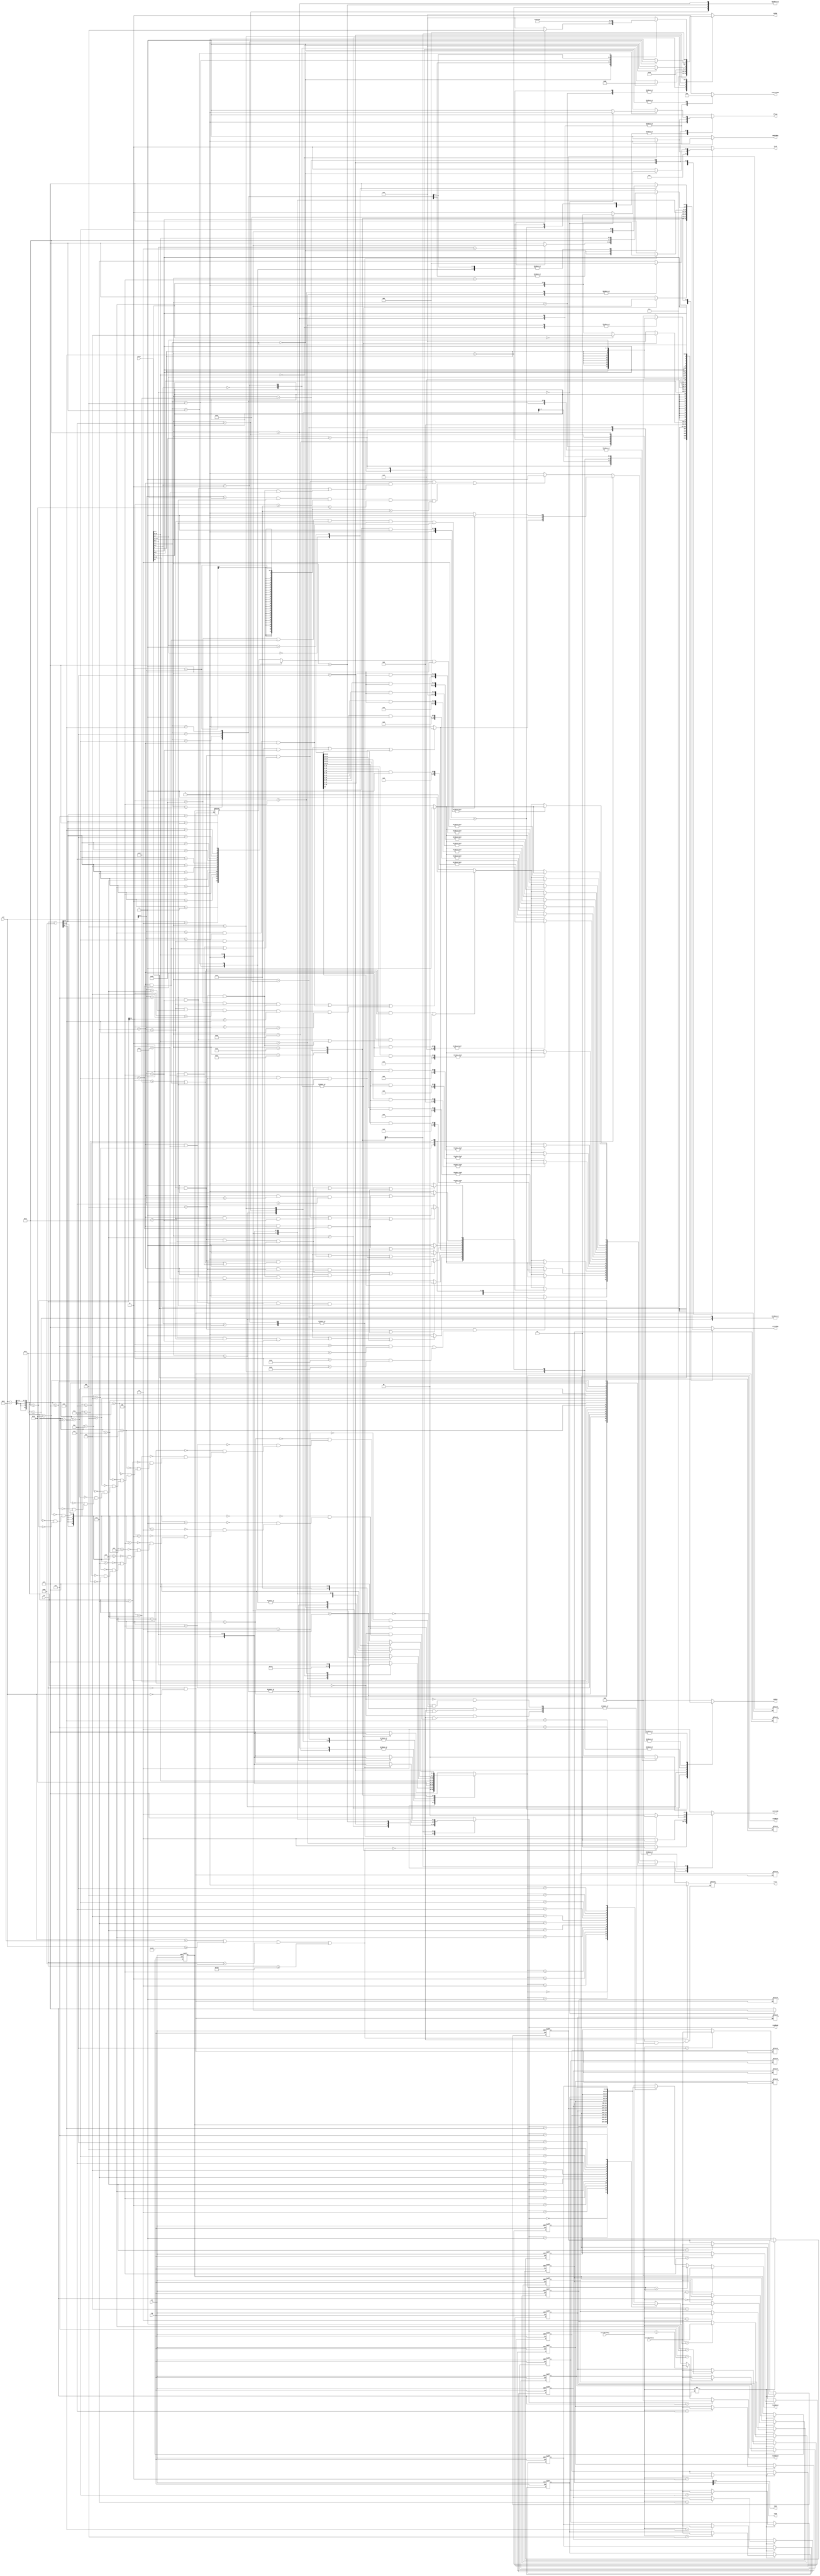
module ID(
    output reg [7:0] ledA,
    output reg [7:0] ledB,
    input wire rst,
    input wire clk,
    input [15:0] instr,
    input [3:0] writeBackReg,
    input [15:0] writeBackData,
    input [10:0] row,
    input [10:0] col, 
    output reg color,
    output reg [3:0] ALUOp,
    output reg [1:0] controlB,
    output reg [1:0] controlMem,
    output reg ifJump,
    output reg [15:0] immNum,
    output reg [1:0] jorB,
    output reg memToReg,
    output reg [3:0] writeReg,
    output reg [3:0] readReg1,
    output reg [3:0] readReg2,
    output reg [15:0] readData1,
    output reg [15:0] readData2
);

    reg[15:0] register [15:0];

    reg[15:0] vgaReg [15:0];

    always @(writeBackReg or instr) begin
      ledA[7:0] = register[8][15:8];
      ledB[7:0] = register[8][7:0];
    end

    always @(row or col) begin
        if(row == 0 && col == 0) begin
            vgaReg[0] <= register[0]; 
            vgaReg[1] <= register[1]; 
            vgaReg[2] <= register[2]; 
            vgaReg[3] <= register[3]; 
            vgaReg[4] <= register[4]; 
            vgaReg[5] <= register[5]; 
            vgaReg[6] <= register[6]; 
            vgaReg[7] <= register[7]; 
            vgaReg[8] <= register[8]; 
            vgaReg[9] <= register[9]; 
            vgaReg[10] <= register[10]; 
        end /* else begin
            vgaReg[0] <= vgaReg[0]; 
            vgaReg[1] <= vgaReg[1]; 
            vgaReg[2] <= vgaReg[2]; 
            vgaReg[3] <= vgaReg[3]; 
            vgaReg[4] <= vgaReg[4]; 
            vgaReg[5] <= vgaReg[5]; 
            vgaReg[6] <= vgaReg[6]; 
            vgaReg[7] <= vgaReg[7]; 
            vgaReg[8] <= vgaReg[8]; 
            vgaReg[9] <= vgaReg[9]; 
            vgaReg[10] <= vgaReg[10]; 
        end */
    end



    reg [10:0] digit;
    reg [10:0] regIndex;
    reg [10:0] dx;
    reg [10:0] dy;
    always @(row or col) begin // 640 * 480  color: 0=black; 1=white Ã¦Â°Â´Ã¥Â¹Â³Ã¦â€“Â¹Ã¥Ââ€˜Ã¯Â2Ã¯Â¼â€ºÃ§Â«â€“Ã§â€ºÂ´Ã¦â€“Â¹Ã¥Ââ€˜Ã¯Â¼Å4
        if(col < 192 || col >= 640 || row < 64 || row >= 416)
            color = 0; //black
        else begin
            digit = (col-192)>>4;
            regIndex = (row-64)>>5;
            dx = col[3:0];
            dy = row[4:0];
            // if (regIndex == 0 && row > 200)
            //     regIndex = 8;
            // if (regIndex == 1 && row > 200)
            //     regIndex = 9;
            // if (regIndex == 2 && row > 200)
            //     regIndex = 10;
            case(digit)
                0: begin
                    case(regIndex)
                        0: begin
                            if( (dx>1&&dx<14&&((dy>18&&dy<21)||(dy>7&&dy<10))) || (dy>7&&((dx>1&&dx<4)||(dx>11&&dx<14&&dy<21))) || (dx>3&&dx<14&&dy>20&&dy-dx>16&&dy-dx<20))
                                color = 1;
                            else 
                                color = 0;
                        end
                        1: begin
                            if( (dx>1&&dx<14&&((dy>18&&dy<21)||(dy>7&&dy<10))) || (dy>7&&((dx>1&&dx<4)||(dx>11&&dx<14&&dy<21))) || (dx>3&&dx<14&&dy>20&&dy-dx>16&&dy-dx<20))
                                color = 1;
                            else 
                                color = 0;
                        end
                        2: begin
                            if( (dx>1&&dx<14&&((dy>18&&dy<21)||(dy>7&&dy<10))) || (dy>7&&((dx>1&&dx<4)||(dx>11&&dx<14&&dy<21))) || (dx>3&&dx<14&&dy>20&&dy-dx>16&&dy-dx<20))
                                color = 1;
                            else 
                                color = 0;
                        end
                        3: begin
                            if( (dx>1&&dx<14&&((dy>18&&dy<21)||(dy>7&&dy<10))) || (dy>7&&((dx>1&&dx<4)||(dx>11&&dx<14&&dy<21))) || (dx>3&&dx<14&&dy>20&&dy-dx>16&&dy-dx<20))
                                color = 1;
                            else 
                                color = 0;
                        end
                        4: begin
                            if( (dx>1&&dx<14&&((dy>18&&dy<21)||(dy>7&&dy<10))) || (dy>7&&((dx>1&&dx<4)||(dx>11&&dx<14&&dy<21))) || (dx>3&&dx<14&&dy>20&&dy-dx>16&&dy-dx<20))
                                color = 1;
                            else 
                                color = 0;
                        end
                        5: begin
                            if( (dx>1&&dx<14&&((dy>18&&dy<21)||(dy>7&&dy<10))) || (dy>7&&((dx>1&&dx<4)||(dx>11&&dx<14&&dy<21))) || (dx>3&&dx<14&&dy>20&&dy-dx>16&&dy-dx<20))
                                color = 1;
                            else 
                                color = 0;
                        end
                        6: begin
                            if( (dx>1&&dx<14&&((dy>18&&dy<21)||(dy>7&&dy<10))) || (dy>7&&((dx>1&&dx<4)||(dx>11&&dx<14&&dy<21))) || (dx>3&&dx<14&&dy>20&&dy-dx>16&&dy-dx<20))
                                color = 1;
                            else 
                                color = 0;
                        end
                        7: begin
                            if( (dx>1&&dx<14&&((dy>18&&dy<21)||(dy>7&&dy<10))) || (dy>7&&((dx>1&&dx<4)||(dx>11&&dx<14&&dy<21))) || (dx>3&&dx<14&&dy>20&&dy-dx>16&&dy-dx<20))
                                color = 1;
                            else 
                                color = 0;
                        end
                        8: begin // S
                            if( (dx>1&&dx<14&&(dy>29||(dy>7&&dy<10)||(dy>18&&dy<21))) || (dy>7&&dy<21&&dx>1&&dx<4) || (dy>18&&dx>11&&dx<14) )
                                color = 1;
                            else 
                                color = 0;
                        end
                        9: begin // 
                            color = 0;
                        end
                        10: begin
                            if(((dy>27||(dy>7&&dy<10))&&dx>1&&dx<14) || (dx>5&&dx<10&&dy>7))
										  color = 1;
									 else
										  color = 0;
                        end
                    endcase
                end
                1: begin
                    case(regIndex)
                        0: begin // 0
                            if((dx > 1 && dx < 14 && (dy > 29 || (dy > 7 && dy < 10))) || (dy > 7 && ((dx > 1 && dx < 4) || (dx > 11 && dx < 14))))
                                color = 1;
                            else 
                                color = 0;
                        end
                        1: begin // 1
                            if((dy > 27 && dx > 1 && dx < 14) || (dx > 5 && dx < 10 && dy > 7) || (dx > 1 && dx < 6 && dy > 8 && dy < 13 && (dy + dx > 13)))
										 color = 1;
									else
										 color = 0;
                        end
                        2: begin // 2
                            if( (dx>1&&dx<14&&(dy>29||(dy>7&&dy<10)||(dy>18&&dy<21))) || (dy>18&&dx>1&&dx<4) || (dy>7&&dy<21&&dx>11&&dx<14) )
                                color = 1;
                            else 
                                color = 0; 
                        end
                        3: begin // 3
                            if( (dx>1&&dx<14&&(dy>29||(dy>7&&dy<10)||(dy>18&&dy<21)))  || (dy>7&&dx>11&&dx<14) )
                                color = 1;
                            else 
                                color = 0;
                        end
                        4: begin // 4
                            if( (dx>1&&dx<14&&dy>18&&dy<21)  || (dy>7&&((dx>11&&dx<14)||(dx>1&&dx<4&&dy<21))) )
                                color = 1;
                            else 
                                color = 0;
                        end
                        5: begin // 5
                            if( (dx>1&&dx<14&&(dy>29||(dy>7&&dy<10)||(dy>18&&dy<21))) || (dy>7&&dy<21&&dx>1&&dx<4) || (dy>18&&dx>11&&dx<14) )
                                color = 1;
                            else 
                                color = 0;
                        end
                        6: begin // 6
                            if( (dx>1&&dx<14&&(dy>29||(dy>7&&dy<10)||(dy>18&&dy<21))) || (dy>7&&dx>1&&dx<4) || (dy>18&&dx>11&&dx<14) )
                                color = 1;
                            else 
                                color = 0;
                        end
                        7: begin // 7
                            if( (dx>1&&dx<14&&dy>7&&dy<10) || (dy>7&&dx>11&&dx<14) )
                                color = 1;
                            else 
                                color = 0;
                        end
                        8: begin // P
                            if( (dx>1&&dx<14&&((dy>7&&dy<10)||(dy>18&&dy<21))) || (dy>7&&dx>1&&dx<4) || (dy>7&&dy<21&&dx>11&&dx<14) )
                                color = 1;
                            else 
                                color = 0;
                        end
                        9: begin // T
                            if( (dx>1&&dx<14&&dy>7&&dy<10) || (dy>7&&dx>6&&dx<9) )
                                color = 1;
                            else 
                                color = 0;
                        end
                        10: begin // H
                            if( (dx>1&&dx<14&&dy>18&&dy<21) || (dy>7&&dx>1&&dx<4) || (dy>7&&dx>11&&dx<14) )
                                color = 1;
                            else 
                                color = 0;
                        end
                    endcase
                end
                2: begin // =
                    if( dx>1&&dx<14&&((dy>14&&dy<17)||(dy>22&&dy<25)) )
                        color = 1;
                    else 
                        color = 0;
                end
                3: begin
                    if((vgaReg[regIndex[3:0]]>>15)&1 == 1) begin
                        if((dy > 27 && dx > 1 && dx < 14) || (dx > 5 && dx < 10 && dy > 7) || (dx > 1 && dx < 6 && dy > 8 && dy < 13 && (dy + dx > 13)))
                            color = 1;
                        else
                            color = 0;
                    end else begin
                        if((dx > 1 && dx < 14 && (dy > 29 || (dy > 7 && dy < 10))) || (dy > 7 && ((dx > 1 && dx < 4) || (dx > 11 && dx < 14))))
                            color = 1;
                        else 
                            color = 0;
                    end
                end
                4: begin
                    if((vgaReg[regIndex[3:0]]>>14)&1 == 1) begin
                        if((dy > 27 && dx > 1 && dx < 14) || (dx > 5 && dx < 10 && dy > 7) || (dx > 1 && dx < 6 && dy > 8 && dy < 13 && (dy + dx > 13)))
                            color = 1;
                        else
                            color = 0;
                    end else begin
                        if((dx > 1 && dx < 14 && (dy > 29 || (dy > 7 && dy < 10))) || (dy > 7 && ((dx > 1 && dx < 4) || (dx > 11 && dx < 14))))
                            color = 1;
                        else 
                            color = 0;
                    end
                end
                5: begin
                    if((vgaReg[regIndex[3:0]]>>13)&1 == 1) begin
                        if((dy > 27 && dx > 1 && dx < 14) || (dx > 5 && dx < 10 && dy > 7) || (dx > 1 && dx < 6 && dy > 8 && dy < 13 && (dy + dx > 13)))
                            color = 1;
                        else
                            color = 0;
                    end else begin
                        if((dx > 1 && dx < 14 && (dy > 29 || (dy > 7 && dy < 10))) || (dy > 7 && ((dx > 1 && dx < 4) || (dx > 11 && dx < 14))))
                            color = 1;
                        else 
                            color = 0;
                    end
                end
                6: begin
                    if((vgaReg[regIndex[3:0]]>>12)&1 == 1) begin
                        if((dy > 27 && dx > 1 && dx < 14) || (dx > 5 && dx < 10 && dy > 7) || (dx > 1 && dx < 6 && dy > 8 && dy < 13 && (dy + dx > 13)))
                            color = 1;
                        else
                            color = 0;
                    end else begin
                        if((dx > 1 && dx < 14 && (dy > 29 || (dy > 7 && dy < 10))) || (dy > 7 && ((dx > 1 && dx < 4) || (dx > 11 && dx < 14))))
                            color = 1;
                        else 
                            color = 0;
                    end
                end
                7: begin
                    if((vgaReg[regIndex[3:0]]>>11)&1 == 1) begin
                        if((dy > 27 && dx > 1 && dx < 14) || (dx > 5 && dx < 10 && dy > 7) || (dx > 1 && dx < 6 && dy > 8 && dy < 13 && (dy + dx > 13)))
                            color = 1;
                        else
                            color = 0;
                    end else begin
                        if((dx > 1 && dx < 14 && (dy > 29 || (dy > 7 && dy < 10))) || (dy > 7 && ((dx > 1 && dx < 4) || (dx > 11 && dx < 14))))
                            color = 1;
                        else 
                            color = 0;
                    end
                end
                8: begin
                   if((vgaReg[regIndex[3:0]]>>10)&1 == 1) begin
                        if((dy > 27 && dx > 1 && dx < 14) || (dx > 5 && dx < 10 && dy > 7) || (dx > 1 && dx < 6 && dy > 8 && dy < 13 && (dy + dx > 13)))
                            color = 1;
                        else
                            color = 0;
                    end else begin
                        if((dx > 1 && dx < 14 && (dy > 29 || (dy > 7 && dy < 10))) || (dy > 7 && ((dx > 1 && dx < 4) || (dx > 11 && dx < 14))))
                            color = 1;
                        else 
                            color = 0;
                    end 
                end
                9: begin
                    if((vgaReg[regIndex[3:0]]>>9)&1 == 1) begin
                        if((dy > 27 && dx > 1 && dx < 14) || (dx > 5 && dx < 10 && dy > 7) || (dx > 1 && dx < 6 && dy > 8 && dy < 13 && (dy + dx > 13)))
                            color = 1;
                        else
                            color = 0;
                    end else begin
                        if((dx > 1 && dx < 14 && (dy > 29 || (dy > 7 && dy < 10))) || (dy > 7 && ((dx > 1 && dx < 4) || (dx > 11 && dx < 14))))
                            color = 1;
                        else 
                            color = 0;
                    end
                end
                10: begin
                    if((vgaReg[regIndex[3:0]]>>8)&1 == 1) begin
                        if((dy > 27 && dx > 1 && dx < 14) || (dx > 5 && dx < 10 && dy > 7) || (dx > 1 && dx < 6 && dy > 8 && dy < 13 && (dy + dx > 13)))
                            color = 1;
                        else
                            color = 0;
                    end else begin
                        if((dx > 1 && dx < 14 && (dy > 29 || (dy > 7 && dy < 10))) || (dy > 7 && ((dx > 1 && dx < 4) || (dx > 11 && dx < 14))))
                            color = 1;
                        else 
                            color = 0;
                    end
                end
                11: begin
                    if((vgaReg[regIndex[3:0]]>>7)&1 == 1) begin
                        if((dy > 27 && dx > 1 && dx < 14) || (dx > 5 && dx < 10 && dy > 7) || (dx > 1 && dx < 6 && dy > 8 && dy < 13 && (dy + dx > 13)))
                            color = 1;
                        else
                            color = 0;
                    end else begin
                        if((dx > 1 && dx < 14 && (dy > 29 || (dy > 7 && dy < 10))) || (dy > 7 && ((dx > 1 && dx < 4) || (dx > 11 && dx < 14))))
                            color = 1;
                        else 
                            color = 0;
                    end
                end
                12: begin
                    if((vgaReg[regIndex[3:0]]>>6)&1 == 1) begin
                        if((dy > 27 && dx > 1 && dx < 14) || (dx > 5 && dx < 10 && dy > 7) || (dx > 1 && dx < 6 && dy > 8 && dy < 13 && (dy + dx > 13)))
                            color = 1;
                        else
                            color = 0;
                    end else begin
                        if((dx > 1 && dx < 14 && (dy > 29 || (dy > 7 && dy < 10))) || (dy > 7 && ((dx > 1 && dx < 4) || (dx > 11 && dx < 14))))
                            color = 1;
                        else 
                            color = 0;
                    end
                end
                13: begin
                    if((vgaReg[regIndex[3:0]]>>5)&1 == 1) begin
                        if((dy > 27 && dx > 1 && dx < 14) || (dx > 5 && dx < 10 && dy > 7) || (dx > 1 && dx < 6 && dy > 8 && dy < 13 && (dy + dx > 13)))
                            color = 1;
                        else
                            color = 0;
                    end else begin
                        if((dx > 1 && dx < 14 && (dy > 29 || (dy > 7 && dy < 10))) || (dy > 7 && ((dx > 1 && dx < 4) || (dx > 11 && dx < 14))))
                            color = 1;
                        else 
                            color = 0;
                    end
                end
                14: begin
                    if((vgaReg[regIndex[3:0]]>>4)&1 == 1) begin
                        if((dy > 27 && dx > 1 && dx < 14) || (dx > 5 && dx < 10 && dy > 7) || (dx > 1 && dx < 6 && dy > 8 && dy < 13 && (dy + dx > 13)))
                            color = 1;
                        else
                            color = 0;
                    end else begin
                        if((dx > 1 && dx < 14 && (dy > 29 || (dy > 7 && dy < 10))) || (dy > 7 && ((dx > 1 && dx < 4) || (dx > 11 && dx < 14))))
                            color = 1;
                        else 
                            color = 0;
                    end
                end
                15: begin
                   if((vgaReg[regIndex[3:0]]>>3)&1 == 1) begin
                        if((dy > 27 && dx > 1 && dx < 14) || (dx > 5 && dx < 10 && dy > 7) || (dx > 1 && dx < 6 && dy > 8 && dy < 13 && (dy + dx > 13)))
                            color = 1;
                        else
                            color = 0;
                    end else begin
                        if((dx > 1 && dx < 14 && (dy > 29 || (dy > 7 && dy < 10))) || (dy > 7 && ((dx > 1 && dx < 4) || (dx > 11 && dx < 14))))
                            color = 1;
                        else 
                            color = 0;
                    end 
                end
                16: begin
                    if((vgaReg[regIndex[3:0]]>>2)&1 == 1) begin
                        if((dy > 27 && dx > 1 && dx < 14) || (dx > 5 && dx < 10 && dy > 7) || (dx > 1 && dx < 6 && dy > 8 && dy < 13 && (dy + dx > 13)))
                            color = 1;
                        else
                            color = 0;
                    end else begin
                        if((dx > 1 && dx < 14 && (dy > 29 || (dy > 7 && dy < 10))) || (dy > 7 && ((dx > 1 && dx < 4) || (dx > 11 && dx < 14))))
                            color = 1;
                        else 
                            color = 0;
                    end
                end
                17: begin
                    if((vgaReg[regIndex[3:0]]>>1)&1 == 1) begin
                        if((dy > 27 && dx > 1 && dx < 14) || (dx > 5 && dx < 10 && dy > 7) || (dx > 1 && dx < 6 && dy > 8 && dy < 13 && (dy + dx > 13)))
                            color = 1;
                        else
                            color = 0;
                    end else begin
                        if((dx > 1 && dx < 14 && (dy > 29 || (dy > 7 && dy < 10))) || (dy > 7 && ((dx > 1 && dx < 4) || (dx > 11 && dx < 14))))
                            color = 1;
                        else 
                            color = 0;
                    end
                end
                18: begin
                    if((vgaReg[regIndex[3:0]])&1 == 1) begin
                        if((dy > 27 && dx > 1 && dx < 14) || (dx > 5 && dx < 10 && dy > 7) || (dx > 1 && dx < 6 && dy > 8 && dy < 13 && (dy + dx > 13)))
                            color = 1;
                        else
                            color = 0;
                    end else begin
                        if((dx > 1 && dx < 14 && (dy > 29 || (dy > 7 && dy < 10))) || (dy > 7 && ((dx > 1 && dx < 4) || (dx > 11 && dx < 14))))
                            color = 1;
                        else 
                            color = 0;
                    end
                end                                                                              
            endcase
            // if((vgaReg[regIndex]>>(15-digit))&1 == 1) begin //Ã¦â€°â€œÃ¥â€¡ÂÃ¥Â¯Â¹Ã¥Âºâ€Ã§Å¡â€žÃ¨Â¯Â¥Ã¥Â¤â€žÃ§Å¡â€žcolor
            //      if((dy > 27 && dx > 1 && dx < 14) || (dx > 5 && dx < 10 && dy > 7) || (dx > 1 && dx < 6 && dy > 8 && dy < 13 && (dy + dx > 13)))
            //           color = 1;
            //      else
            //           color = 0;
            // end
            // else begin //Ã¦â€°â€œÃ¥â€¡ÂÃ¥Â¯Â¹Ã¥Âºâ€Ã§Å¡â€žÃ¨Â¯Â¥Ã¥Â¤â€žÃ§Å¡â€žcolor
            //      if((dx > 1 && dx < 14 && (dy > 29 || (dy > 7 && dy < 10))) || (dy > 7 && ((dx > 1 && dx < 4) || (dx > 11 && dx < 14))))
            //           color = 1;
            //      else 
            //           color = 0;
            // end
        end
    end

    always @(negedge clk or negedge rst) begin      
        if(rst == 0) begin
            register[0] <= 16'b0000000000000000;
            register[1] <= 16'b0000000000000000;
            register[2] <= 16'b0000000000000000;
            register[3] <= 16'b0000000000000000;
            register[4] <= 16'b0000000000000000;
            register[5] <= 16'b0000000000000000;
            register[6] <= 16'b0000000000000000;
            register[7] <= 16'b0000000000000000;
            register[8] <= 16'b0000000000000000;
            register[9] <= 16'b0000000000000000;
            register[10] <= 16'b0000000000000000;
            register[11] <= 16'b0000000000000000;
            register[12] <= 16'b0000000000000000;
            register[13] <= 16'b0000000000000000;
            register[14] <= 16'b0000000000000000;
            register[15] <= 16'b0000000000000000;
        end
        else if(writeBackReg != 15)begin
            register[writeBackReg] <= writeBackData;
        end
          else begin
                register[15] <= 16'b0000000000000000;
          end
    end

    always @(readReg1 or readReg2 or writeBackData or writeBackReg) begin
        if(readReg1 == 4'b1111)             readData1 = 0;
        else if(readReg1 == writeBackReg)   readData1 = writeBackData;
        else                                readData1 = register[readReg1];
        
        if(readReg2 == 4'b1111)             readData2 = 0;
        else if(readReg2 == writeBackReg)   readData2 = writeBackData;
        else                                readData2 = register[readReg2];
    end
    
    always @(instr) begin
        case(instr[15:11])
            5'b00001: begin 
                readReg1 = 4'b1111;       
                readReg2 = 4'b1111;
                ALUOp = 4'b0000;
                controlB = 2'b10;
                controlMem = 2'b11;
                ifJump = 1;
                immNum = 0;
                jorB = 2'b11;
                memToReg = 1;
                writeReg = 4'b1111;
            end
            5'b00010: begin 
                readReg1 = 4'b1111;         
                readReg2 = 4'b1111;
                ALUOp = 4'b0000;
                controlB = 2'b10;
                controlMem = 2'b11;
                ifJump = 0;
                immNum = { {5{instr[10]}}, instr[10:0]};
                jorB = 2'b00;
                memToReg = 1;
                writeReg = 4'b1111;
            end
            5'b00100: begin 
                readReg1 = {0, instr[10:8]};
                readReg2 = 4'b1111;
                ALUOp = 4'b0001;
                controlB = 2'b10;
                controlMem = 2'b11;
                ifJump = 0;
                immNum = { {8{instr[7]}}, instr[7:0]};
                jorB = 2'b10;
                memToReg = 1;
                writeReg = 4'b1111;
            end
            5'b00101: begin 
                readReg1 = {0, instr[10:8]};
                readReg2 = 4'b1111;
                ALUOp = 4'b0001;
                controlB = 2'b10;
                controlMem = 2'b11;
                ifJump = 0;
                immNum = {{8{instr[7]}}, instr[7:0]};
                jorB = 2'b11;
                memToReg = 1;
                writeReg = 4'b1111;
            end
            5'b00110: begin
                case(instr[1:0])
                    2'b00: begin 
                        readReg1 = {0, instr[7:5]}; 
                        readReg2 = 4'b1111;
                        ALUOp = 4'b0110;
                        controlB = 2'b01;
                        controlMem = 2'b11;
                        ifJump = 1;
                        if(instr[4:2]==0)   immNum = 8;
                        else                immNum = {{13{0}}, instr[4:2]};
                        jorB = 2'b11;
                        memToReg = 1;
                        writeReg = {0, instr[10:8]};      
                    end
                    2'b11: begin 
                        readReg1 = {0, instr[7:5]}; 
                        readReg2 = 4'b1111;
                        ALUOp = 4'b1000;
                        controlB = 2'b01;
                        controlMem = 2'b11;
                        ifJump = 1;
                        if(instr[4:2]==0)   immNum = 8;
                        else                immNum = {{13{0}}, instr[4:2]};
                        jorB = 2'b11;
                        memToReg = 1;
                        writeReg = {0, instr[10:8]};     
                    end
                    default: begin 
                        readReg1 = 4'b1111;         
                        readReg2 = 4'b1111;
                        ALUOp = 4'b0000;
                        controlB = 2'b10;
                        controlMem = 2'b11;
                        ifJump = 1;
                        immNum = 0;
                        jorB = 2'b11;
                        memToReg = 1;
                        writeReg = 4'b1111;        
                    end
                endcase
            end
            5'b01000: begin 
                readReg1 = {0, instr[10:8]};
                readReg2 = 4'b1111;
                ALUOp = 4'b0000;
                controlB = 2'b01;
                controlMem = 2'b11;
                ifJump = 1;
                immNum = {{12{instr[3]}}, instr[3:0]};
                jorB = 2'b11;
                memToReg = 1;
                writeReg = {0, instr[7:5]};
            end
            5'b01001: begin 
                readReg1 = {0, instr[10:8]};
                readReg2 = 4'b1111;
                ALUOp = 4'b0000;
                controlB = 2'b01;
                controlMem = 2'b11;
                ifJump = 1;
                immNum = {{8{instr[7]}}, instr[7:0]};
                jorB = 2'b11;
                memToReg = 1;
                writeReg = {0, instr[10:8]};
            end
            5'b01011: begin 
                readReg1 = {0, instr[10:8]};
                readReg2 = 4'b1111;
                ALUOp = 4'b1001;
                controlB = 2'b01;
                controlMem = 2'b11;
                ifJump = 1;
                immNum = {8'b00000000, instr[7:0]};
                jorB = 2'b11;
                memToReg = 1;
                writeReg = 4'b1001; //T
            end
            5'b01100: begin
                case(instr[10:8])
                    3'b011: begin 
                        readReg1 = 4'b1000; //SP    
                        readReg2 = 4'b1111;
                        ALUOp = 4'b0000;
                        controlB = 2'b01;
                        controlMem = 2'b11;
                        ifJump = 1;
                        immNum = {{8{instr[7]}}, instr[7:0]};
                        jorB = 2'b11;
                        memToReg = 1;
                        writeReg = 4'b1000; //SP       
                    end
                    3'b000: begin 
                        readReg1 = 4'b1001; //T     
                        readReg2 = 4'b1111;
                        ALUOp = 4'b0001;
                        controlB = 2'b10;
                        controlMem = 2'b11;
                        ifJump = 0;
                        immNum = {{8{instr[7]}}, instr[7:0]};
                        jorB = 2'b10;
                        memToReg = 1;
                        writeReg = 4'b1111;        
                    end
                    3'b100: begin 
                        readReg1 = {0, instr[7:5]}; 
                        readReg2 = 4'b1111;
                        ALUOp = 4'b0000;
                        controlB = 2'b10;
                        controlMem = 2'b11;
                        ifJump = 1;
                        immNum = 0;
                        jorB = 2'b11;
                        memToReg = 1;
                        writeReg = 4'b1000; //SP        
                    end
                    default: begin 
                        readReg1 = 4'b1111;         
                        readReg2 = 4'b1111;
                        ALUOp = 4'b0000;
                        controlB = 2'b10;
                        controlMem = 2'b11;
                        ifJump = 1;
                        immNum = 0;
                        jorB = 2'b11;
                        memToReg = 1;
                        writeReg = 4'b1111;        
                    end
                endcase
            end
            5'b01101: begin 
                readReg1 = 4'b1111;         
                readReg2 = 4'b1111;
                ALUOp = 4'b0000;
                controlB = 2'b01;
                controlMem = 2'b11;
                ifJump = 1;
                immNum = {8'b00000000, instr[7:0]};
                jorB = 2'b11;
                memToReg = 1;
                writeReg = {0, instr[10:8]};
            end
            5'b01111: begin 
                readReg1 = {0, instr[7:5]}; 
                readReg2 = 4'b1111;
                ALUOp = 4'b0000;
                controlB = 2'b00;
                controlMem = 2'b11;
                ifJump = 1;
                immNum = 0;
                jorB = 2'b11;
                memToReg = 1;
                writeReg = {0, instr[10:8]};
            end
            5'b10010: begin 
                readReg1 = 4'b1000; //SP    
                readReg2 = 4'b1111;
                ALUOp = 4'b0000;
                controlB = 2'b01;
                controlMem = 2'b01;
                ifJump = 1;
                immNum = {{8{instr[7]}}, instr[7:0]};
                jorB = 2'b11;
                memToReg = 0;
                writeReg = {0, instr[10:8]};
            end
            5'b10011: begin 
                readReg1 = {0, instr[10:8]};
                readReg2 = 4'b1111;
                ALUOp = 4'b0000;
                controlB = 2'b01;
                controlMem = 2'b01;
                ifJump = 1;
                immNum = {{11{instr[4]}}, instr[4:0]};
                jorB = 2'b11;
                memToReg = 0;
                writeReg = {0, instr[7:5]};
            end
            5'b11010: begin 
                readReg1 = 4'b1000; //SP    
                readReg2 = {0, instr[10:8]};
                ALUOp = 4'b0000;
                controlB = 2'b10;
                controlMem = 2'b10;
                ifJump = 1;
                immNum = {{8{instr[7]}}, instr[7:0]};
                jorB = 2'b11;
                memToReg = 1;
                writeReg = 4'b1111;
            end
            5'b11011: begin 
                readReg1 = {0, instr[10:8]};
                readReg2 = {0, instr[7:5]};
                ALUOp = 4'b0000;
                controlB = 2'b01;
                controlMem = 2'b10;
                ifJump = 1;
                immNum = {{11{instr[4]}}, instr[4:0]};
                jorB = 2'b11;
                memToReg = 1;
                writeReg = 4'b1111;
            end
            5'b11100: begin
                case(instr[1:0])
                    2'b01: begin 
                        readReg1 = {0, instr[10:8]};
                        readReg2 = {0, instr[7:5]};
                        ALUOp = 4'b0000;
                        controlB = 2'b00;
                        controlMem = 2'b11;
                        ifJump = 1;
                        immNum = 0;
                        jorB = 2'b11;
                        memToReg = 1;
                        writeReg = {0, instr[4:2]};       
                    end
                    2'b11: begin 
                        readReg1 = {0, instr[10:8]};
                        readReg2 = {0, instr[7:5]};
                        ALUOp = 4'b0001;
                        controlB = 2'b00;
                        controlMem = 2'b11;
                        ifJump = 1;
                        immNum = 0;
                        jorB = 2'b11;
                        memToReg = 1;
                        writeReg = {0, instr[4:2]};        
                    end
                    default: begin 
                        readReg1 = 4'b1111;         
                        readReg2 = 4'b1111;
                        ALUOp = 4'b0000;
                        controlB = 2'b10;
                        controlMem = 2'b11;
                        ifJump = 1;
                        immNum = 0;
                        jorB = 2'b11;
                        memToReg = 1;
                        writeReg = 4'b1111;        
                    end
                endcase
            end
            5'b11101: begin
                case(instr[4:0])
                    5'b00000: begin
                        case(instr[7:5])
                            3'b000: begin 
                                readReg1 = {0, instr[10:8]};
                                readReg2 = 4'b1111;
                                ALUOp = 4'b0000;
                                controlB = 2'b10;
                                controlMem = 2'b11;
                                ifJump = 0;
                                immNum = 0;
                                jorB = 2'b01;
                                memToReg = 1;
                                writeReg = 4'b1111;                
                            end
                            3'b010: begin 
                                readReg1 = 4'b1111;         
                                readReg2 = 4'b1111;
                                ALUOp = 4'b1011;
                                controlB = 2'b10;
                                controlMem = 2'b11;
                                ifJump = 1;
                                immNum = 0;
                                jorB = 2'b11;
                                memToReg = 1;
                                writeReg = {0, instr[10:8]};                
                            end
                            default: begin 
                                readReg1 = 4'b1111;         
                                readReg2 = 4'b1111;
                                ALUOp = 4'b0000;
                                controlB = 2'b10;
                                controlMem = 2'b11;
                                ifJump = 1;
                                immNum = 0;
                                jorB = 2'b11;
                                memToReg = 1;
                                writeReg = 4'b1111;                
                            end
                        endcase
                    end
                    5'b00010: begin 
                        readReg1 = {0, instr[10:8]};
                        readReg2 = {0, instr[7:5]};
                        ALUOp = 4'b1001;
                        controlB = 2'b00;
                        controlMem = 2'b11;
                        ifJump = 1;
                        immNum = 0;
                        jorB = 2'b11;
                        memToReg = 1;
                        writeReg = 4'b1001; //T       
                    end
                    5'b01010: begin 
                        readReg1 = {0, instr[10:8]};
                        readReg2 = {0, instr[7:5]};
                        ALUOp = 4'b1010;
                        controlB = 2'b00;
                        controlMem = 2'b11;
                        ifJump = 1;
                        immNum = 0;
                        jorB = 2'b11;
                        memToReg = 1;
                        writeReg = 4'b1001; //T        
                    end
                    5'b01011: begin 
                        readReg1 = {0, instr[7:5]}; 
                        readReg2 = 4'b1111;
                        ALUOp = 4'b0100;
                        controlB = 2'b00;
                        controlMem = 2'b11;
                        ifJump = 1;
                        immNum = 0;
                        jorB = 2'b11;
                        memToReg = 1;
                        writeReg = {0, instr[10:8]};        
                    end
                    5'b01100: begin 
                        readReg1 = {0, instr[10:8]};
                        readReg2 = {0, instr[7:5]};
                        ALUOp = 4'b0010;
                        controlB = 2'b00;
                        controlMem = 2'b11;
                        ifJump = 1;
                        immNum = 0;
                        jorB = 2'b11;
                        memToReg = 1;
                        writeReg = {0, instr[10:8]};        
                    end
                    5'b01101: begin 
                        readReg1 = {0, instr[10:8]};
                        readReg2 = {0, instr[7:5]};
                        ALUOp = 4'b0011;
                        controlB = 2'b00;
                        controlMem = 2'b11;
                        ifJump = 1;
                        immNum = 0;
                        jorB = 2'b11;
                        memToReg = 1;
                        writeReg = {0, instr[10:8]};       
                    end
                    5'b01111: begin 
                        readReg1 = {0, instr[7:5]}; 
                        readReg2 = 4'b1111;
                        ALUOp = 4'b0101;
                        controlB = 2'b10;
                        controlMem = 2'b11;
                        ifJump = 1;
                        immNum = 0;
                        jorB = 2'b11;
                        memToReg = 1;
                        writeReg = {0, instr[10:8]};       
                    end
                    default: begin 
                        readReg1 = 4'b1111;         
                        readReg2 = 4'b1111;
                        ALUOp = 4'b0000;
                        controlB = 2'b10;
                        controlMem = 2'b11;
                        ifJump = 1;
                        immNum = 0;
                        jorB = 2'b11;
                        memToReg = 1;
                        writeReg = 4'b1111;        
                    end
                endcase
            end
            5'b11110: begin
                case(instr[7:0])
                    8'b00000000: begin 
                        readReg1 = 4'b1010; //IH    
                        readReg2 = 4'b1111;
                        ALUOp = 4'b0000;
                        controlB = 2'b10;
                        controlMem = 2'b11;
                        ifJump = 1;
                        immNum = 0;
                        jorB = 2'b11;
                        memToReg = 1;
                        writeReg = {0, instr[10:8]};        
                    end
                    8'b00000001: begin 
                        readReg1 = {0, instr[10:8]};
                        readReg2 = 4'b1111;
                        ALUOp = 4'b0000;
                        controlB = 2'b10;
                        controlMem = 2'b11;
                        ifJump = 1;
                        immNum = 0;
                        jorB = 2'b11;
                        memToReg = 1;
                        writeReg = 4'b1010; //IH     
                    end
                    default: begin
                        readReg1 = 4'b1111;         
                        readReg2 = 4'b1111;
                        ALUOp = 4'b0000;
                        controlB = 2'b10;
                        controlMem = 2'b11;
                        ifJump = 1;
                        immNum = 0;
                        jorB = 2'b11;
                        memToReg = 1;
                        writeReg = 4'b1111;        
                    end
                endcase
            end
            default: begin 
                readReg1 = 4'b1111;         
                readReg2 = 4'b1111;
                ALUOp = 4'b0000;
                controlB = 2'b10;
                controlMem = 2'b11;
                ifJump = 1;
                immNum = 0;
                jorB = 2'b11;
                memToReg = 1;
                writeReg = 4'b1111;
            end
        endcase
    end
    
endmodule